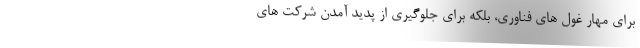
برای مهار غول های فناوری، بلکه برای جلوگیری از پدید آمدن شرکت های